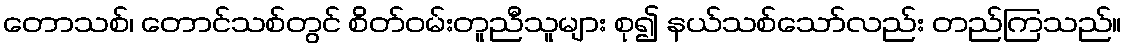
တောသစ်၊ တောင်သစ်တွင် စိတ်ဝမ်းတူညီသူများ စု၍ နယ်သစ်သော်လည်း တည်ကြသည်။